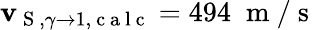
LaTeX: \mathbf{v}_{\mathrm{{~S~}},\gamma\to1,\mathrm{{~c~a~l~c~}}}=494\; \mathrm{{~m~}}/\mathrm{{~s~}}